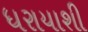
ધરાયાશી